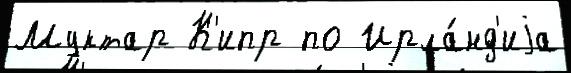
Муктар К'ипр по Ирла́нд'иjа